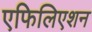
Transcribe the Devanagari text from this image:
एफिलिएशन